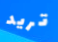
تريد